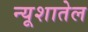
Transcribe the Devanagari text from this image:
न्यूशातेल